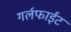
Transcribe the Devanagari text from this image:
गर्लफाईट